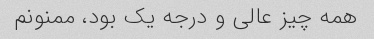
همه چیز عالی و درجه یک بود، ممنونم